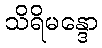
သိရိမန္ဒော